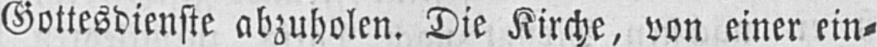
Gottesdienste abzuholen. Die Kirche, von einer ein⸗